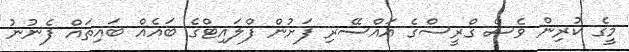
މީގެ ކުރިން ވެސް ގްރީސްގެ އައްސޭރި ފަށުން ފްލައިޓްގެ ބައެއް ބައިތައް ފެނުނު